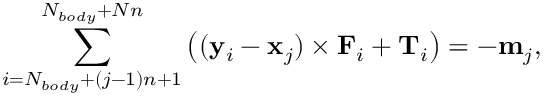
\sum _ { i = N _ { b o d y } + ( j - 1 ) n + 1 } ^ { N _ { b o d y } + N n } \left( ( \mathbf { y } _ { i } - \mathbf { x } _ { j } ) \times \mathbf { F } _ { i } + \mathbf { T } _ { i } \right) = - \mathbf { m } _ { j } ,